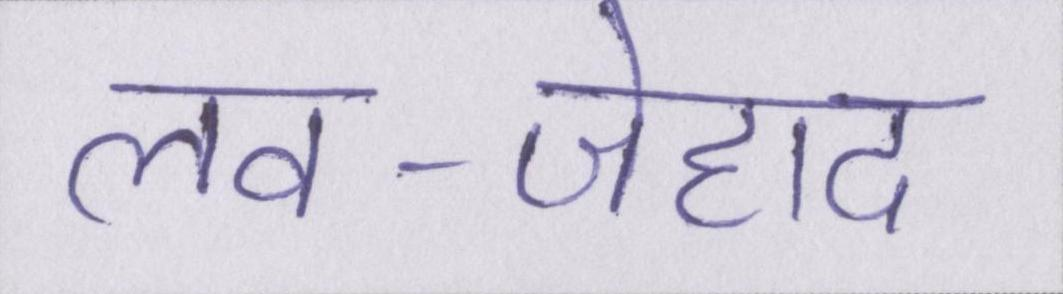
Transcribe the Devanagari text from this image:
लव-जेहाद